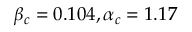
\beta _ { c } = 0 . 1 0 4 , \alpha _ { c } = 1 . 1 7